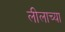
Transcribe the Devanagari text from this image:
लीलाच्या